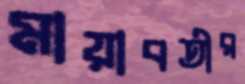
মায়াবতীর